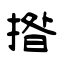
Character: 揝